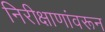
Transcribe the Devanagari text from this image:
निरीक्षाणांवरून